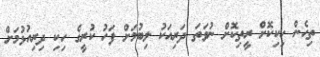
ތިހެން ހިކިކޮށް ރީތިކޮށް ނުވަތަ ދަރިއަކު ލިބުމަށް ފަހު ކުރީގެ ހިކި ދިރިއުޅުމަށް